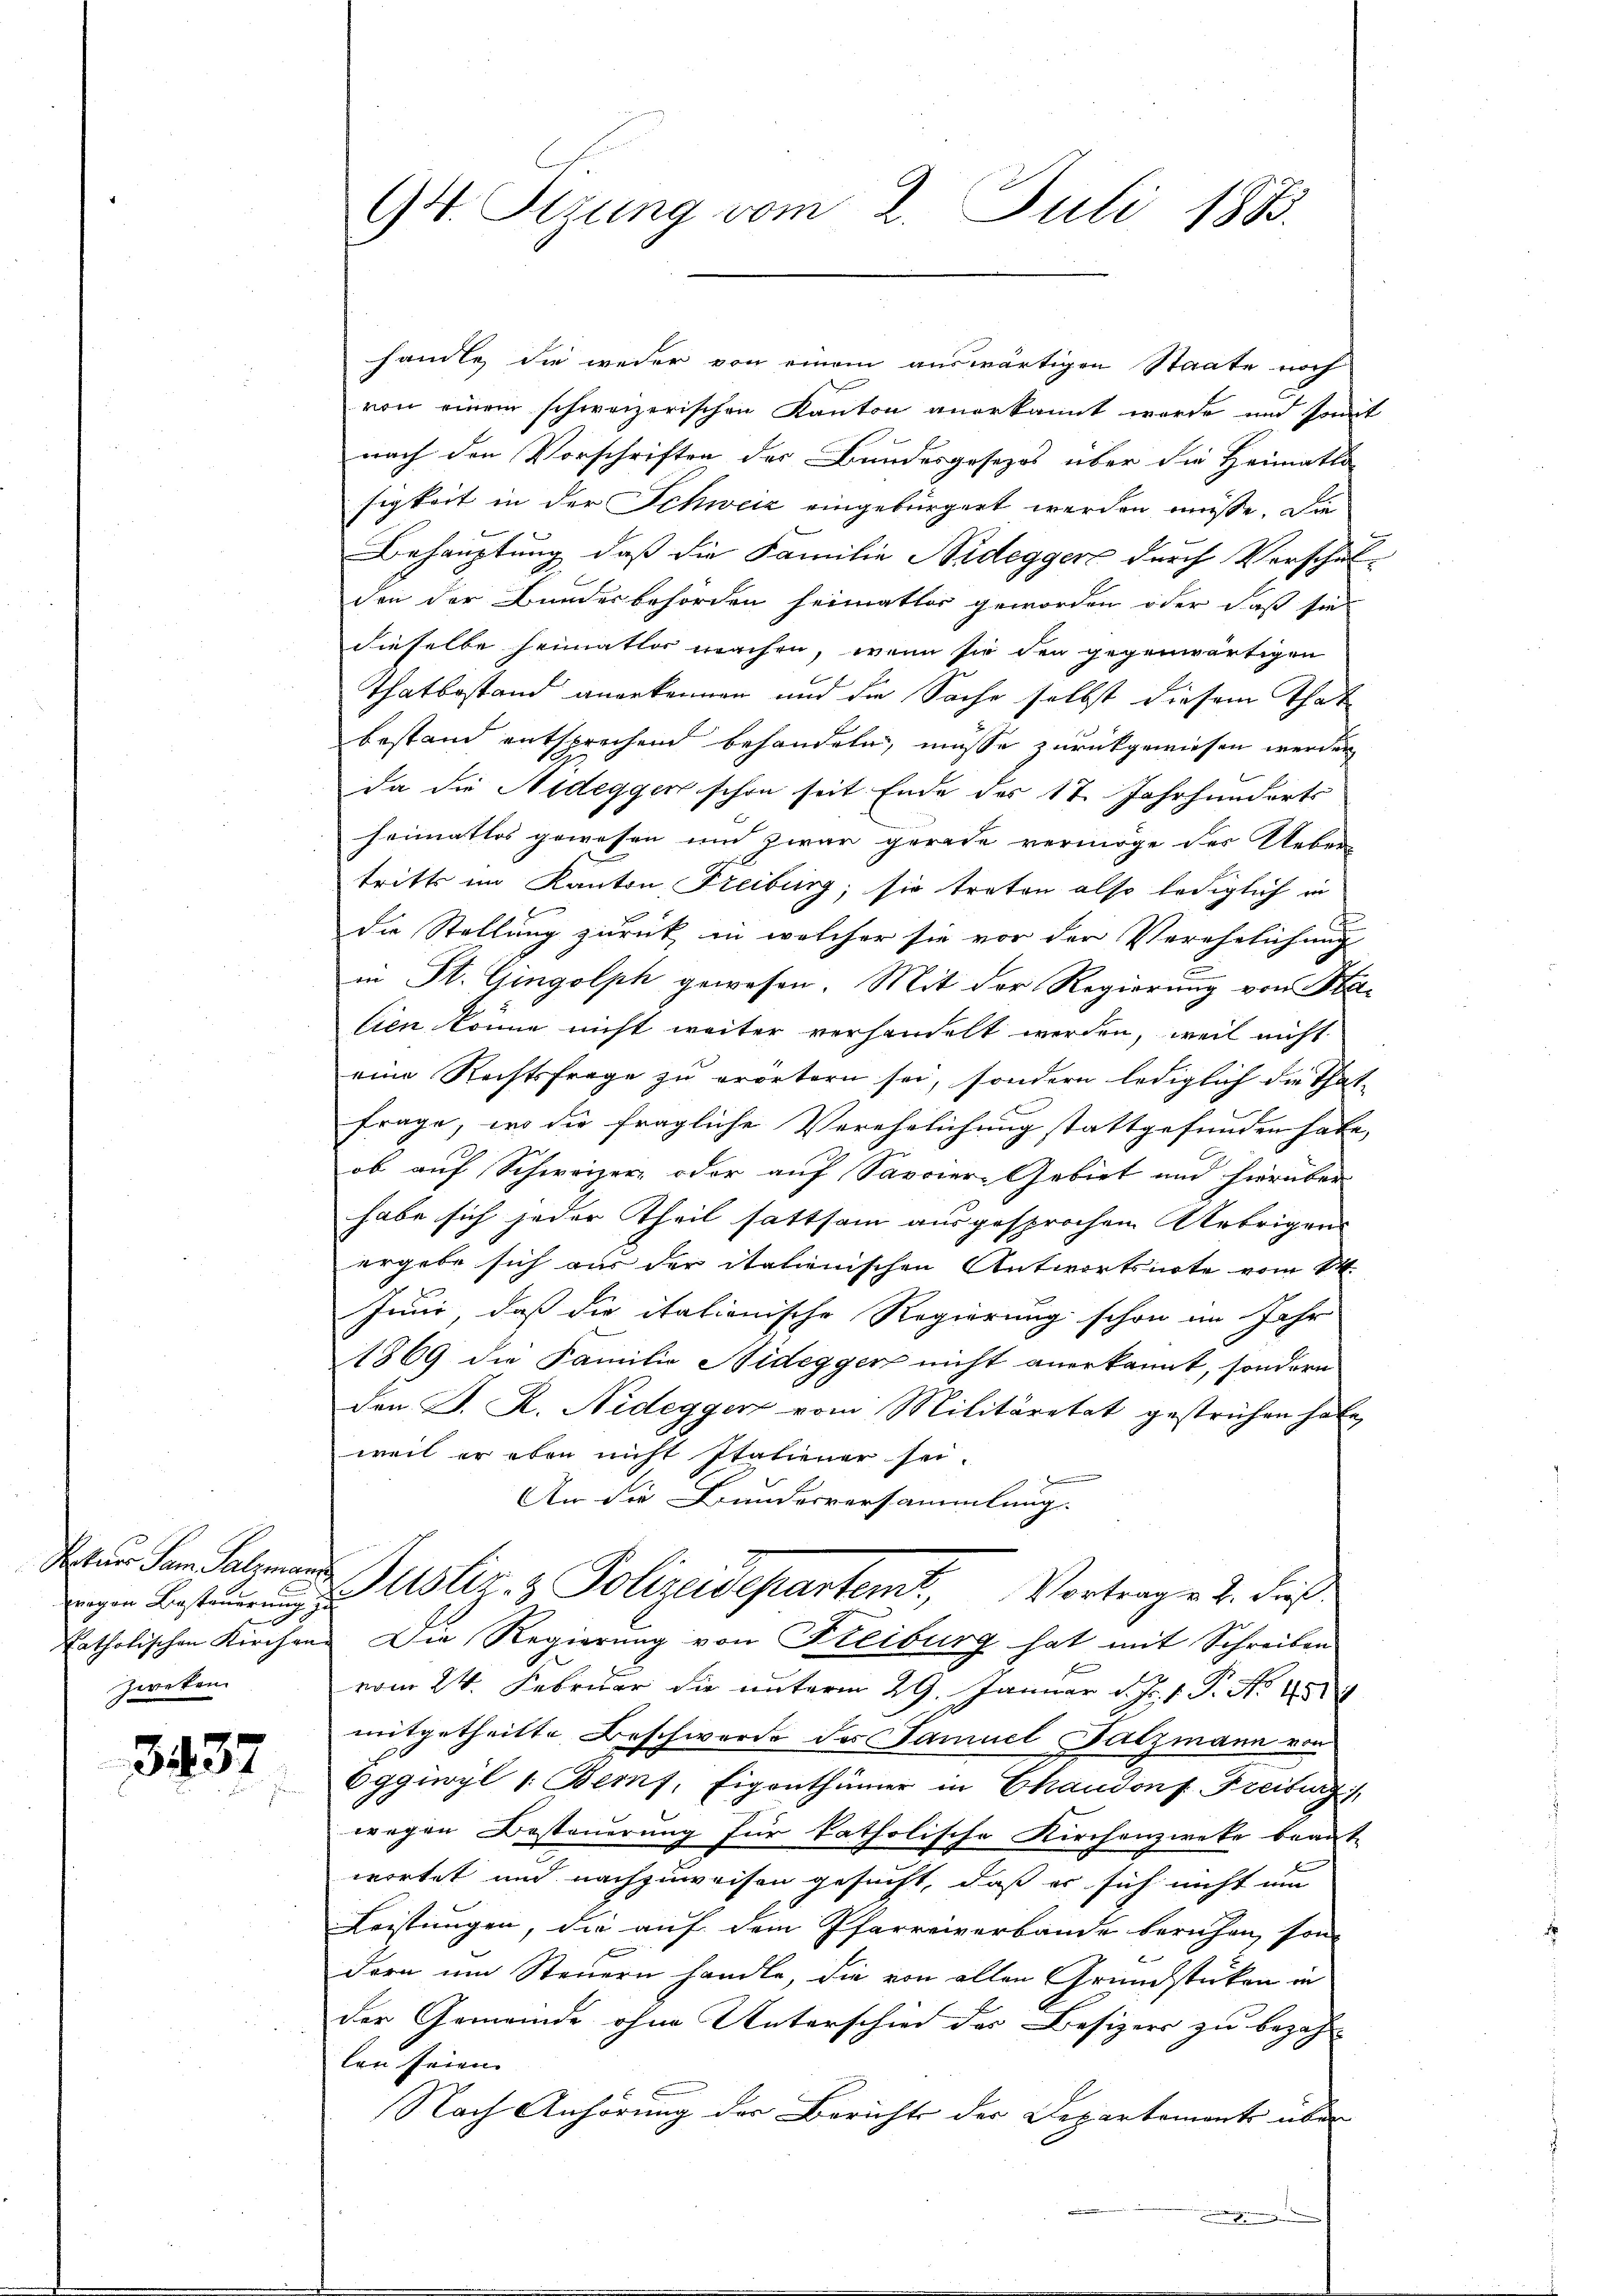
fragen Besteuerung
Zweken

3437

94. Sizung vom 2. Juli 1883.

handle, die weder von einem auswärtigen Staate noch
von einem schweizerischen Kanton anerkannt werde und somit
nach den Vorschriften der Bundesgesezes über die Heimatlo
sigkeit in der Schweiz eingebürgert werden müsse. Die
Behauptung, daß die Familie Nideggers durch Verschul-
den der Bundesbehörden heimatlos geworden oder daß sie
dieselbe heimatlos machen, wenn sie den gegenwärtigen
Thatbestand angekennen und die Sache selbst diesem That
bestand entsprechend behandeln, müsse zurückgewiesen werden
da die Nideggen schon seit Ende des 17. Jahrhunderts
heimatlos gewesen und zwar gerade vermöge des Ueber
tritts im Kanton Freiburg, sie treten also lediglich in
die Stellung zurück in welcher sie vor der Verehelichung
in St. Gingolph gewesen. Mit der Regierung von Ha
tien könne nicht weiter verhandelt werden, weil nicht
eine Rechtsfrage zu erörtern sei, sondern lediglich die That-
frage, wo die fragliche Verehelichung stattgefunden habe, |
n
ob auf Schweizer, oder auf Savoier-Gebiet und hierüber
habe sich jeder Theil sattsam ausgesprochen Uebrigens
ergebe sich aus der italienischen Antwortsnote vom 14.
Juni, daß die itationische Regierung schon im Jahr
1869 die Familie Nidegger nicht anerkannt, sondern
den S. R. Nidegger vom Militäretat gestrichen habe,
weil er eben nicht Italiener sei.
.
An die Bundesversammlung.
 den Sala Justiz- & Polizeidepartemt. Vortragen 2. dieß
katholischen Kirchen. Die Regierung von Freiburg hat mit Schreiben
vom 24. Februar die unterm 29. Januar d. Js. v. P. Nr. 45
mitgetheilte Beschwerde des Samuel Falzmann von
Eggiwyl 1. Bemf, Eigenthümer in Chaudons Freiburg,
wegen Besteuerung für katholische Kirchenzweke beant-
wortet und nachzuweisen gesucht, daß er sich nicht um
Leistungen, die auf dem Pfarreiverbande beruhen, son-
dern um Steuern handle, die von allen Grundstücken in
der Gemeinde ohne Unterschied des Besizers zu bezah
len seien.
Nach Anhörung der Berichts der Departement über
.